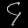
Digit: ၄